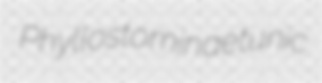
Phyllostominae tunic